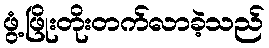
ဖွံ့ဖြိုးတိုးတက်လာခဲ့သည်